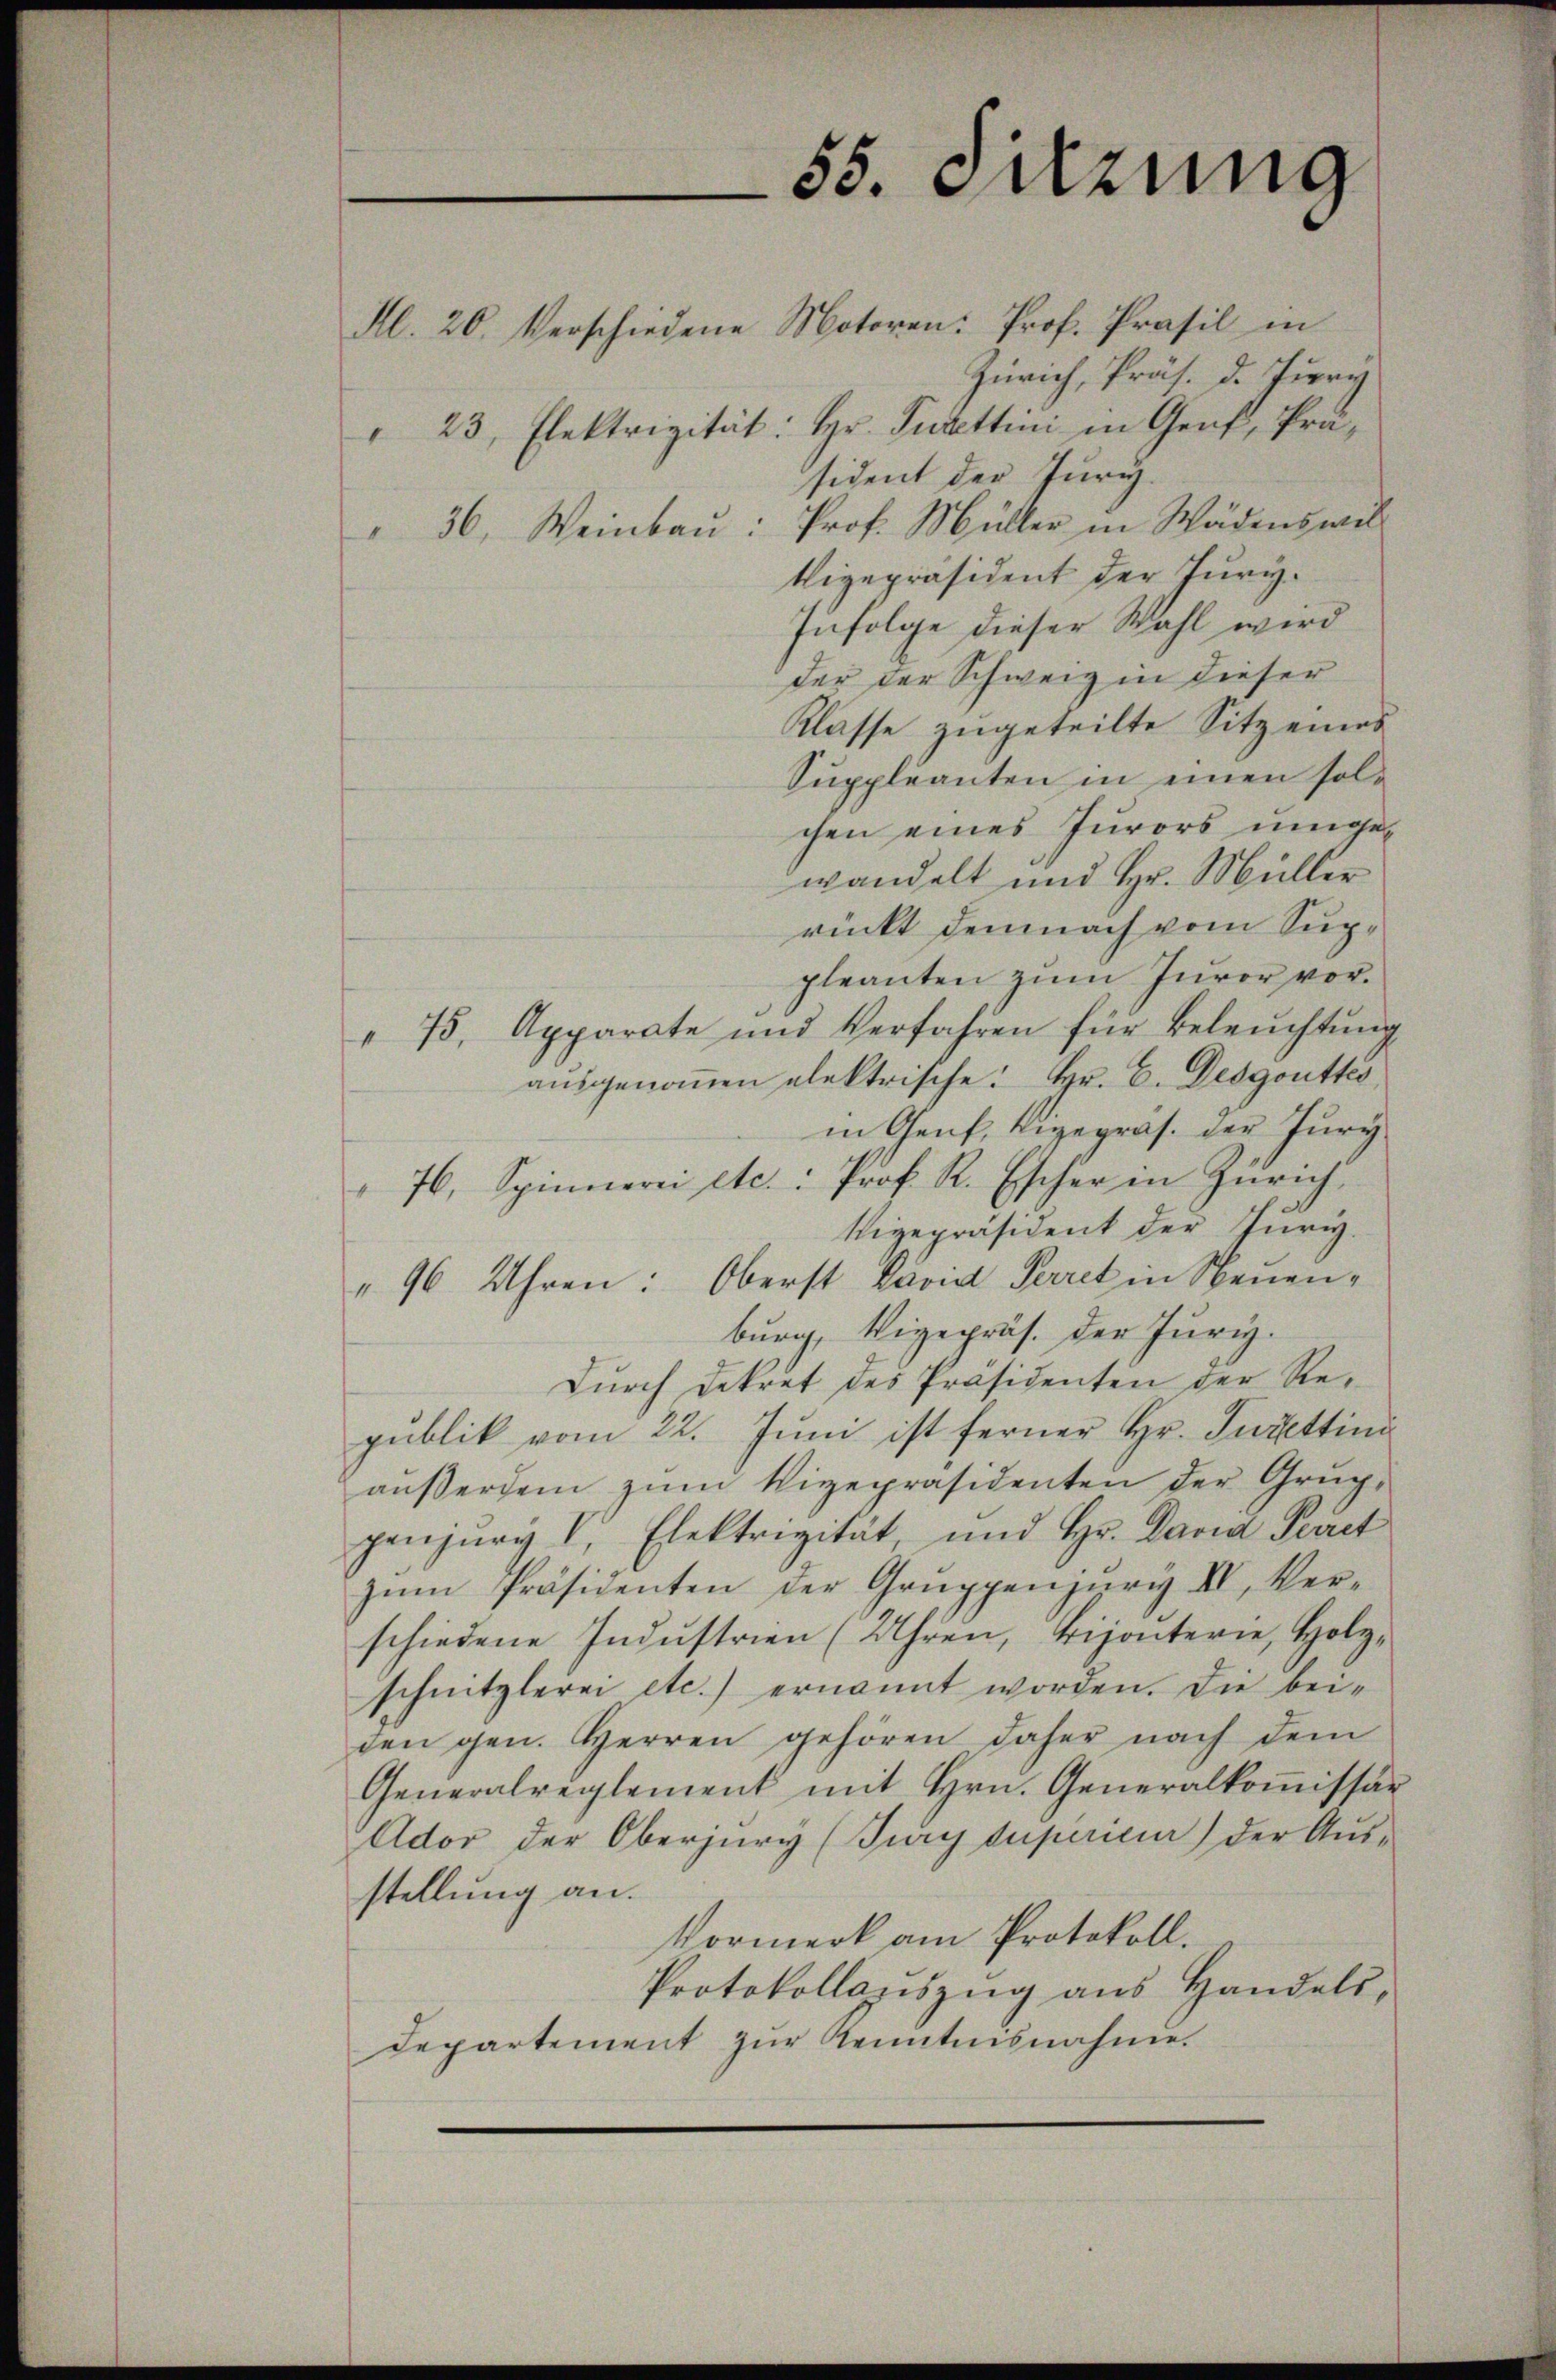
55. Sitzung

Al. 20. Verschiedene Motoren: Prof. Profil in
Zürich, Präs. d. Jury
" 23, Elektrizität: Hr. Puzettini in Genf, Präsident der Jury.
" 36, Weinbaŭ: Prof. Müller in Wädenswil
Vizepräsident der Jury.
Infolge dieser Wahl wird
der der Schweiz in dieser
Klasse zugeteilte Sitz eines
Suppleanten in einen solchen eines Jurors umgewandelt und Hr. Müller
rückt demnach vom Suppleanten zum Juror vor.
" 75, Apparate und Verfahren für Beleuchtung
ausgenommen elektrische. Hr. C. Desgoutkes
in Genf, Vigepräs. der Jury
" 76. Spinnerei etc.: Prof. R. Escher in Zürich
Vizepräsident der Juri
"96 Uhren: Oberst David Perret in Neuenburg, Vigepräs. der Juri
Durch Dekret des Präsidenten der Republik vom 22. Juni ist ferner Hr. Sujetting
außerdem zŭm Vizepräsidenten der Grup-
penjuri V. Elektrizität, und Hr. David Pract
zŭm Präsidenten der Gruppenjŭry IV, Ver-
schiedene Indŭstrien (Uhren, Bijouterie, Holzschnitzlerei etc.) ernannt worden. Die bei-
den gen. Herren gehören daher nach dem
Generalreglement mit Hrn. Generalkoṁissar
Ador der Oberjury (Jury Supericier) der Aŭs-
stellung an.
Vormerk am Protokoll.
Protokollauszug aus Handels-
Departement zur Kenntnisnahme.